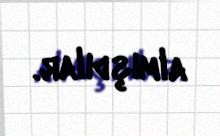
almışdılar.